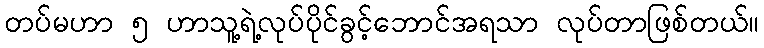
တပ်မဟာ ၅ ဟာသူ့ရဲ့လုပ်ပိုင်ခွင့်ဘောင်အရသာ လုပ်တာဖြစ်တယ်။